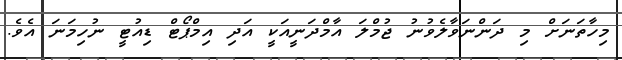
މިހާތަނަށް މި ދަންނަވާލެވުނު ޖުމްލަ އާމްދަނީއަކީ އަދި އިމްޕޯޓް ޑިއުޓީ ނުހިމަނަ އެވެ.